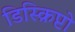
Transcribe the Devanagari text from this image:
डिस्क्रिप्टो